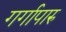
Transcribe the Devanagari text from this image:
गर्गापारु